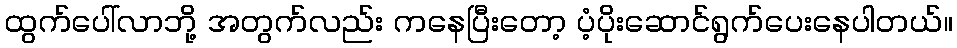
ထွက်ပေါ်လာဘို့ အတွက်လည်း ကနေပြီးတော့ ပံ့ပိုးဆောင်ရွက်ပေးနေပါတယ်။